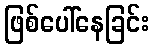
ဖြစ်ပေါ်နေခြင်း